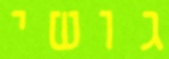
גושי